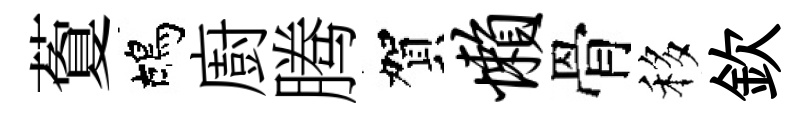
藑鴣廚腾賀懒骨移欽